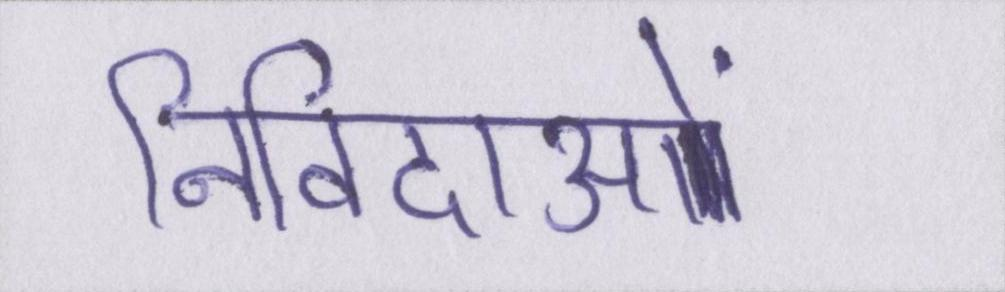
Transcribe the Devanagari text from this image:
निविदाओं